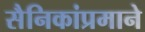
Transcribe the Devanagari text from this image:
सैनिकांप्रमाने